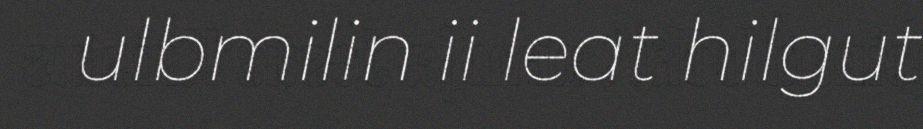
ulbmilin ii leat hilgut